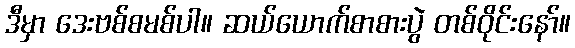
ဒီမှာ ဒေးဗစ်စမစ်ပါ။ ဆယ်ယောက်စာစားပွဲ တစ်ဝိုင်းနော်။